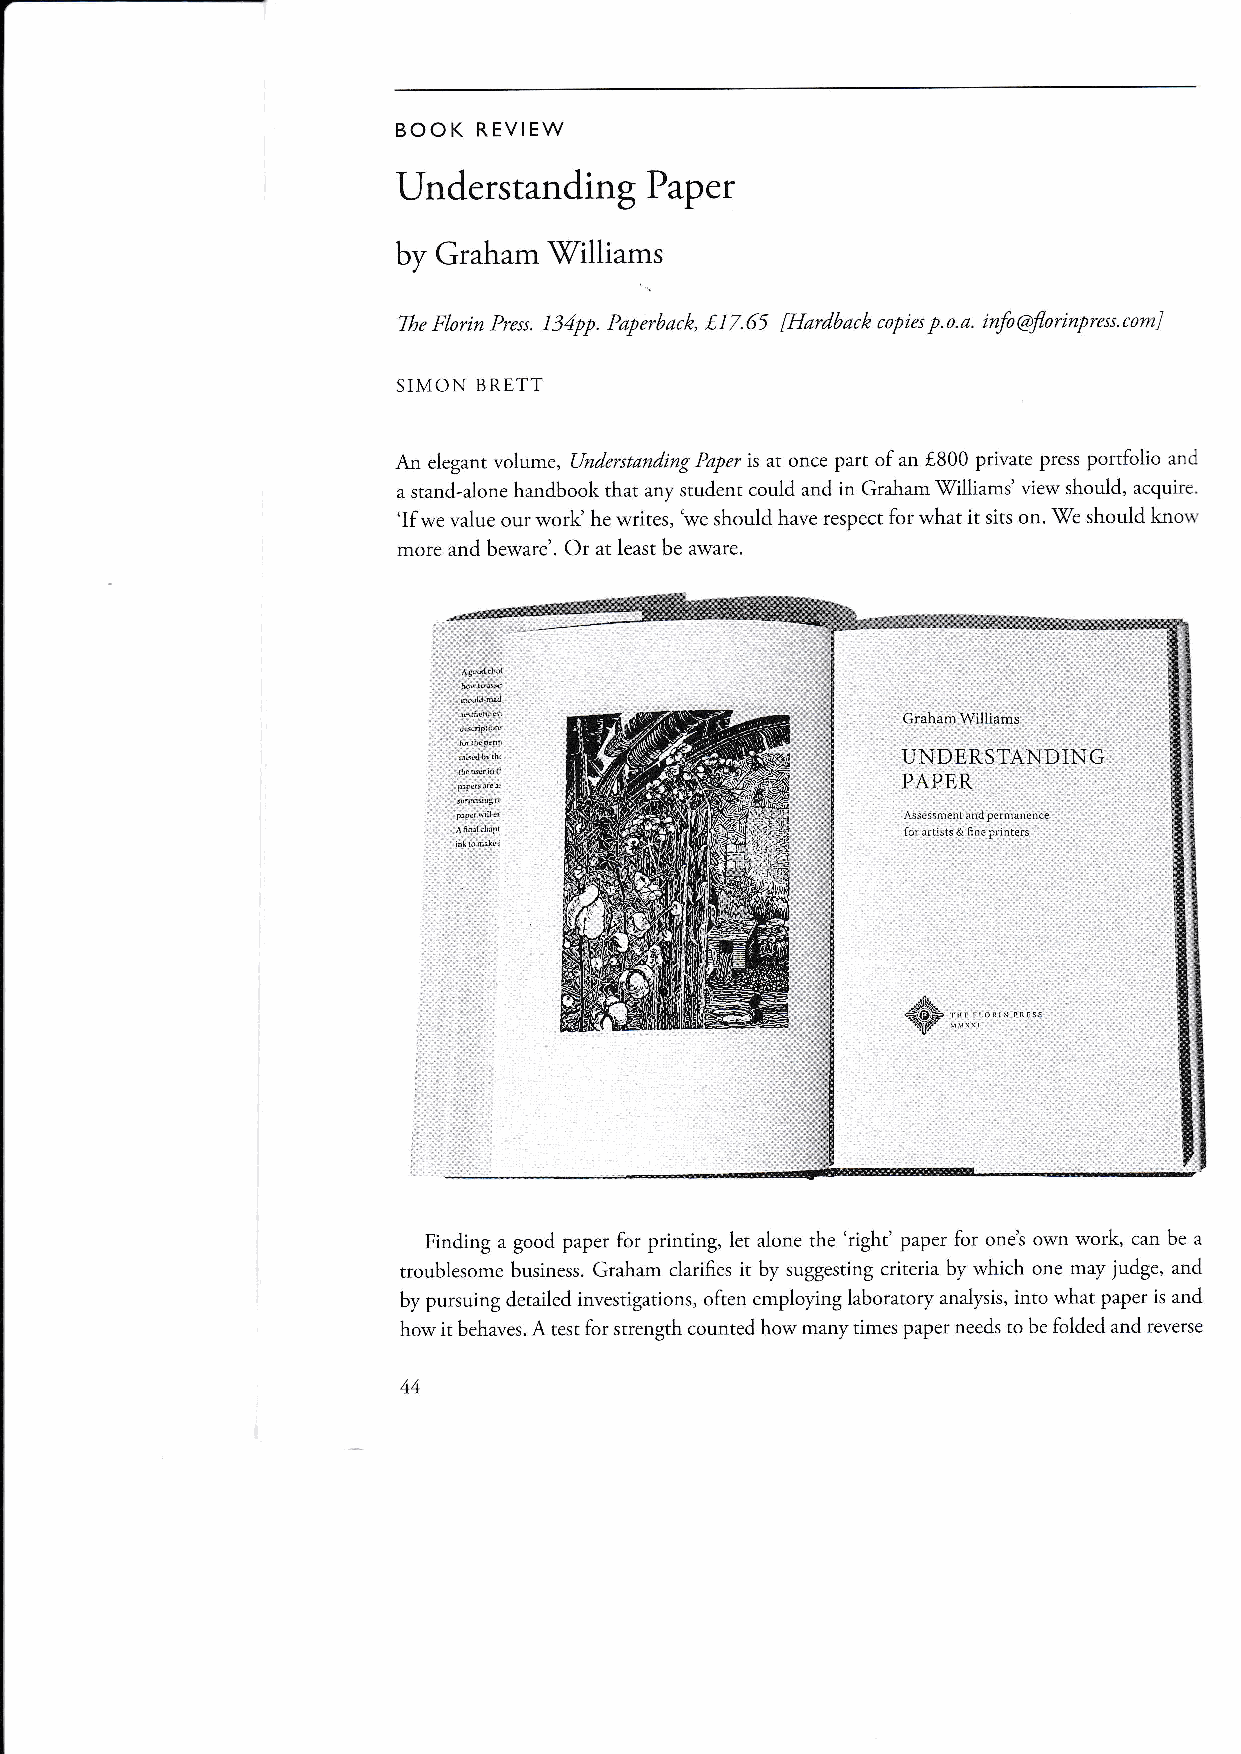
BOOK  REVIEW
 Understanding    Paper
 by Graham \Tilliams
 7he Florin Pras. 134pp. Paperback, f,17.65 [Hardback copies p.o.a. infoOflorinpress.comi
 SIMON BRE,TT
 An elegant volume, [Jnderstanding Paper is at once part of an [800 private press portfolio and
 a stand-alone handbook that any student could and in Graham Williams' view shouid, acquire.
 'If we value our work' he writes, we should have respect for what it sits on. \(e should knor.'
 more and beware'. Or at least be aware.
 Graham !Villiams
 UNDERSTANDING
 PAPER
 Asscssorenl and pcrmanence
 lor irtists & nne printers
 €jo T.ti ql+j& J, . F- - "rL'tl
 Finding a good paper for printing, let alone the 'right' paper for onet own work, can be a
 troublesome business. Graham clarifies it by suggesting criteria by which one may judge, and
 by pursuing detailed investigations, often employing laboratory analysis, into what paper is and
 how it behaves. A test for strength counted how many times paper needs to be folded and reverse
 44